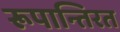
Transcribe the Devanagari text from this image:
रूपान्तिरत